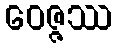
ဝေဇ္ဇဿ